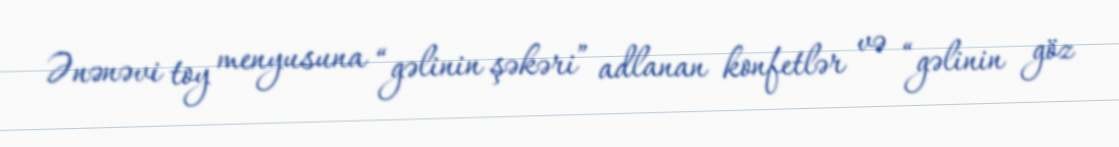
Ənənəvi toy menyusuna “gəlinin şəkəri” adlanan konfetlər və “gəlinin göz